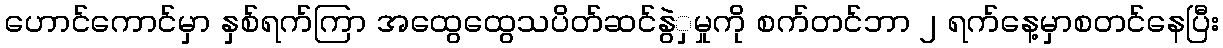
ဟောင်ကောင်မှာ နှစ်ရက်ကြာ အထွေထွေသပိတ်ဆင်နွဲှမှုကို စက်တင်ဘာ ၂ ရက်နေ့မှာစတင်နေပြီး